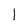
Character: l